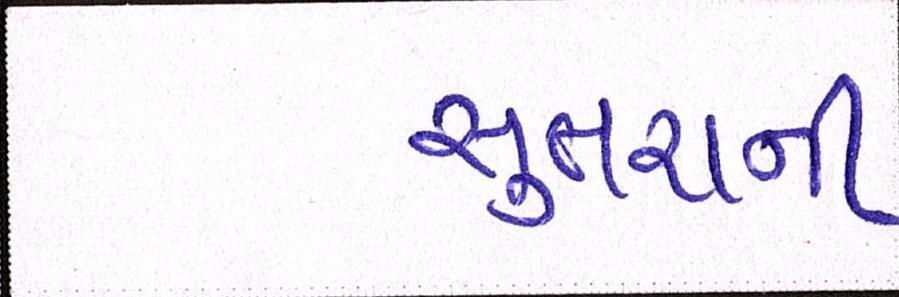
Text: સુતરાની